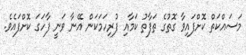
މަސައްކަތް ކޮށްފައިވާ ގޮތުގެ ތަފާތު ކަމާއި ފުރިހަމަކަން އޭނާ ވަނީ ފާހަގަ ކޮށްފައެވެ.